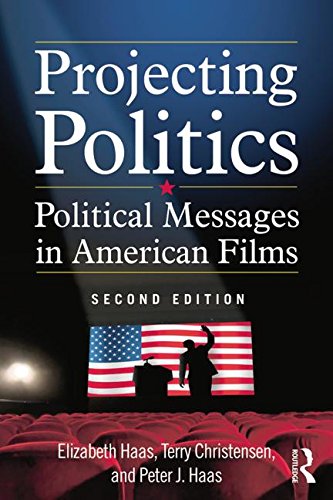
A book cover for Projecting Politics: Political Messages in American Films; Elizabeth Haas; Humor & Entertainment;